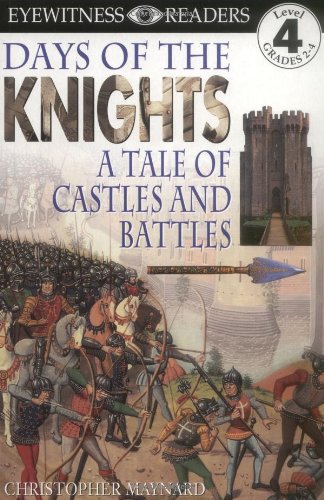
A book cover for Days of the Knights: A Tale of Castles and Battles  (Eyewitness Readers); Christopher Maynard; Children's Books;